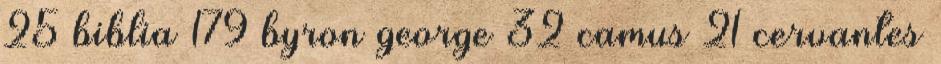
25 biblia 179 byron george 32 camus 21 cervantes